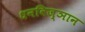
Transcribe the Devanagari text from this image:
धनविज्ञान